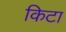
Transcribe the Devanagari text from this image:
किटा